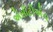
એસીટીએચ